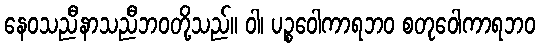
နေဝသညီနာသညီဘဝတို့သည်။ ဝါ၊ ပဉ္စဝေါကာရဘဝ စတုဝေါကာရဘဝ